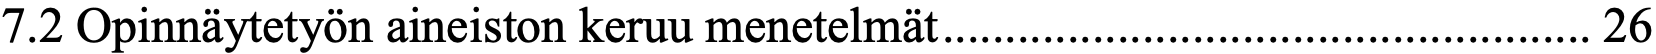
7.2 Opinnäytetyön aineiston keruu menetelmät .................................................... 26